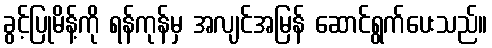
ခွင့်ပြုမိန့်ကို ရန်ကုန်မှ အလျင်အမြန် ဆောင်ရွက်ပေးသည်။